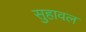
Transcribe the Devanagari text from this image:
सुहावल